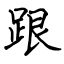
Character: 跟